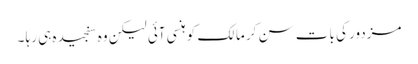
مزدور کی بات سن کر مالک کو ہنسی آئی لیکن وہ سنجیدہ ہی رہا ۔